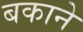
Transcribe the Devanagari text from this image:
बकाने